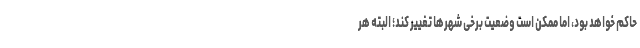
حاکم خواهد بود، اما ممکن است وضعیت برخی شهرها تغییر کند؛ البته هر